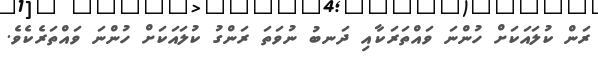
ރަން ކުލައަކަށް ހުންނަ ވައްތަރަކާއި ދަނބު ނުވަތަ ރަންގު ކުލައަކަށް ހުންނަ ވައްތަރެކެވެ.